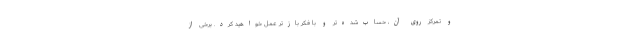
و تمرکز روی آن، حساب‌شده‌تر و با فکر بازتر عمل خواهید کرد. برخی از